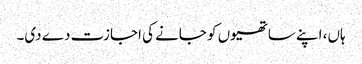
ہاں، اپنے ساتھیوں کو جانے کی اجازت دے دی۔